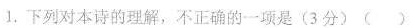
1. 下列对本诗的理解，不正确的一项是(3分) ()